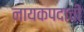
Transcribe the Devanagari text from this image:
नायकपदाची